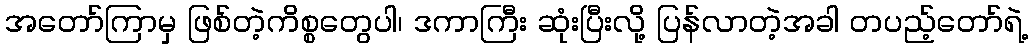
အတော်ကြာမှ ဖြစ်တဲ့ကိစ္စတွေပါ၊ ဒကာကြီး ဆုံးပြီးလို့ ပြန်လာတဲ့အခါ တပည့်တော်ရဲ့